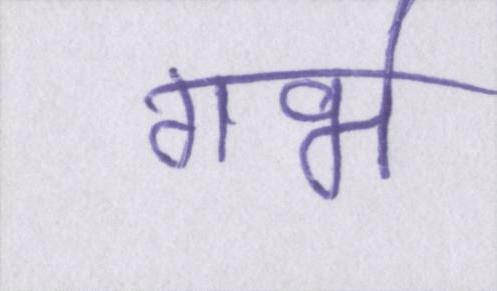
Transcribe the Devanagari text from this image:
गर्भ